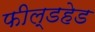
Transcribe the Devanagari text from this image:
फील्डहेड